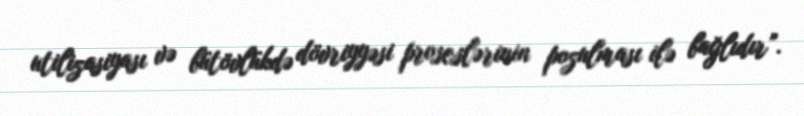
utilizasiyası və bütövlükdə dövriyyəsi proseslərinin pozulması ilə bağlıdır”.